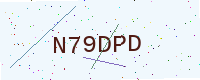
Text: N79DPD